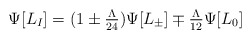
\begin{align*}\Psi[L_I]=(1\pm {\textstyle {\Lambda \over 24}}) \Psi[L_\pm] \mp {\textstyle{\Lambda \over 12}}\Psi[L_0] \end{align*}